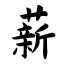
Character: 薪